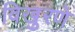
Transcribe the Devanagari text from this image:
विखुरणे